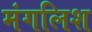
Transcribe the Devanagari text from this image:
मंगलिश